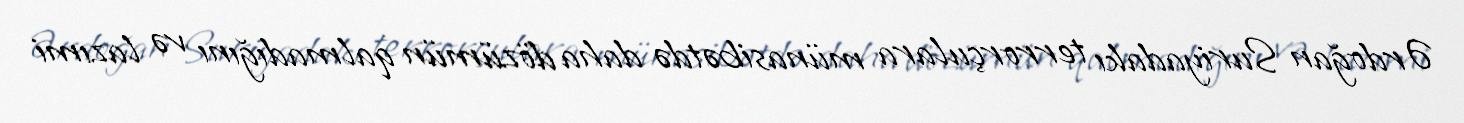
Ərdoğan Suriyadakı terrorçulara münasibətdə daha dözümün qalmadığını və lazımi